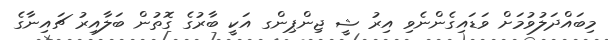
މިބައްދަލުވުމަށް ވަޑައިގެންނެވި އިރު ޝީ ޖިންޕިންގ އަކީ ބާރުގެ ގޮތުން ބަލާއިރު ޗައިނާގެ